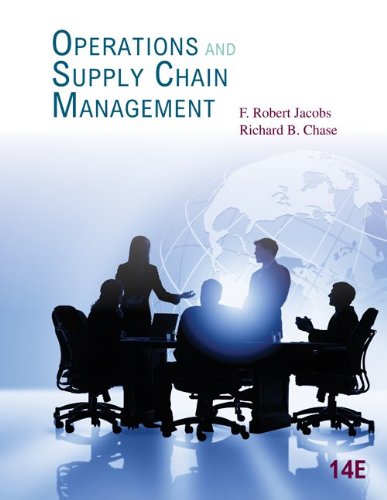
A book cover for Operations and Supply Chain Management (Mcgraw-Hill / Irwin); F. Robert Jacobs; Business & Money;